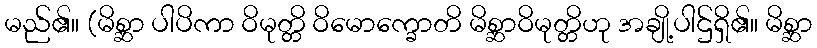
မည်၏။ (မိစ္ဆာ ပါပိကာ ဝိမုတ္တိ ဝိမောက္ခောတိ မိစ္ဆာဝိမုတ္တိဟု အချို့ပါဌ်ရှိ၏။ မိစ္ဆာ